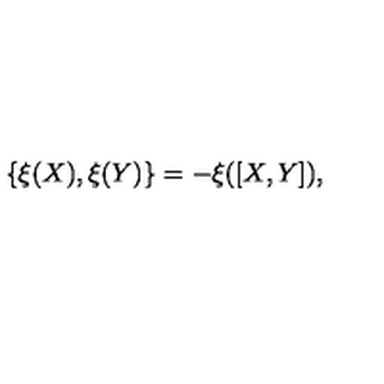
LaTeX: \{ \xi ( X ) , \xi ( Y ) \} = - \xi ( [ X , Y ] ) ,